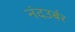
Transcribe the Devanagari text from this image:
नंदउर्बर